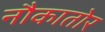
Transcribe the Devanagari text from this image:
नौकातोर